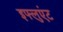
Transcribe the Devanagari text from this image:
इफ्लुएंट